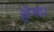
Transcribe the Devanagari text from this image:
होनवर